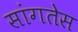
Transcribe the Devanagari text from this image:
सांगतेस